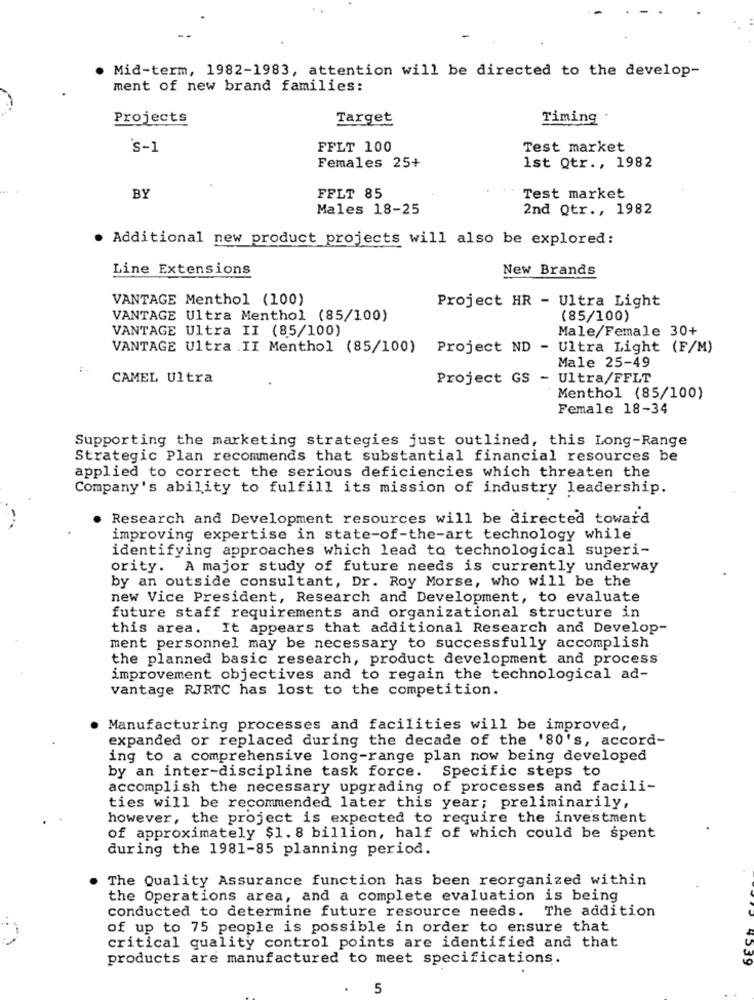
Mid-term, 1982-1983, attention will be directed to the develop-
ment of new brand families:
Projects
Target
Timing
's-1
FFLT 100
Test market
Females 25+
1st Qtr ., 1982
BY
FFLT 85
Test market
Males 18-25
2nd Qtr ., 1982
Additional new product projects will also be explored:
Line Extensions
New Brands
VANTAGE Menthol (100)
Project HR - Ultra Light
VANTAGE Ultra Menthol (85/100)
(85/100)
VANTAGE Ultra II (85/100)
Male/Female 30+
VANTAGE Ultra II Menthol (85/100) Project ND - Ultra Light (F/M)
Male 25-49
CAMEL Ultra
Project GS
- Ultra/FFLT
Menthol (85/100)
Female 18-34
Supporting the marketing strategies just outlined, this Long-Range
Strategic Plan recommends that substantial financial resources be
applied to correct the serious deficiencies which threaten the
Company's ability to fulfill its mission of industry leadership.
Research and Development resources will be directed toward
improving expertise in state-of-the-art technology while
identifying approaches which lead to technological superi-
ority. A major study of future needs is currently underway
by an outside consultant, Dr. Roy Morse, who will be the
new Vice President, Research and Development, to evaluate
future staff requirements and organizational structure in
this area. It appears that additional Research and Develop-
ment personnel may be necessary to successfully accomplish
the planned basic research, product development and process
improvement objectives and to regain the technological ad-
vantage RJRTC has lost to the competition.
Manufacturing processes and facilities will be improved,
expanded or replaced during the decade of the '80's, accord-
ing to a comprehensive long-range plan now being developed
by an inter-discipline task force. Specific steps to
accomplish the necessary upgrading of processes and facili-
ties will be recommended later this year; preliminarily,
however, the project is expected to require the investment
of approximately $1. 8 billion, half of which could be spent
during the 1981-85 planning period.
The Quality Assurance function has been reorganized within
the Operations area, and a complete evaluation is being
conducted to determine future resource needs.
The addition
of up to 75 people is possible in order to ensure that
critical quality control points are identified and that
products are manufactured to meet specifications.
1539
5